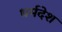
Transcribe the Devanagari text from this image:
धर्मदेश